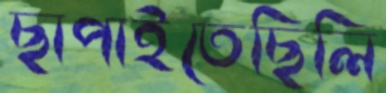
ছাপাইতেছিলি